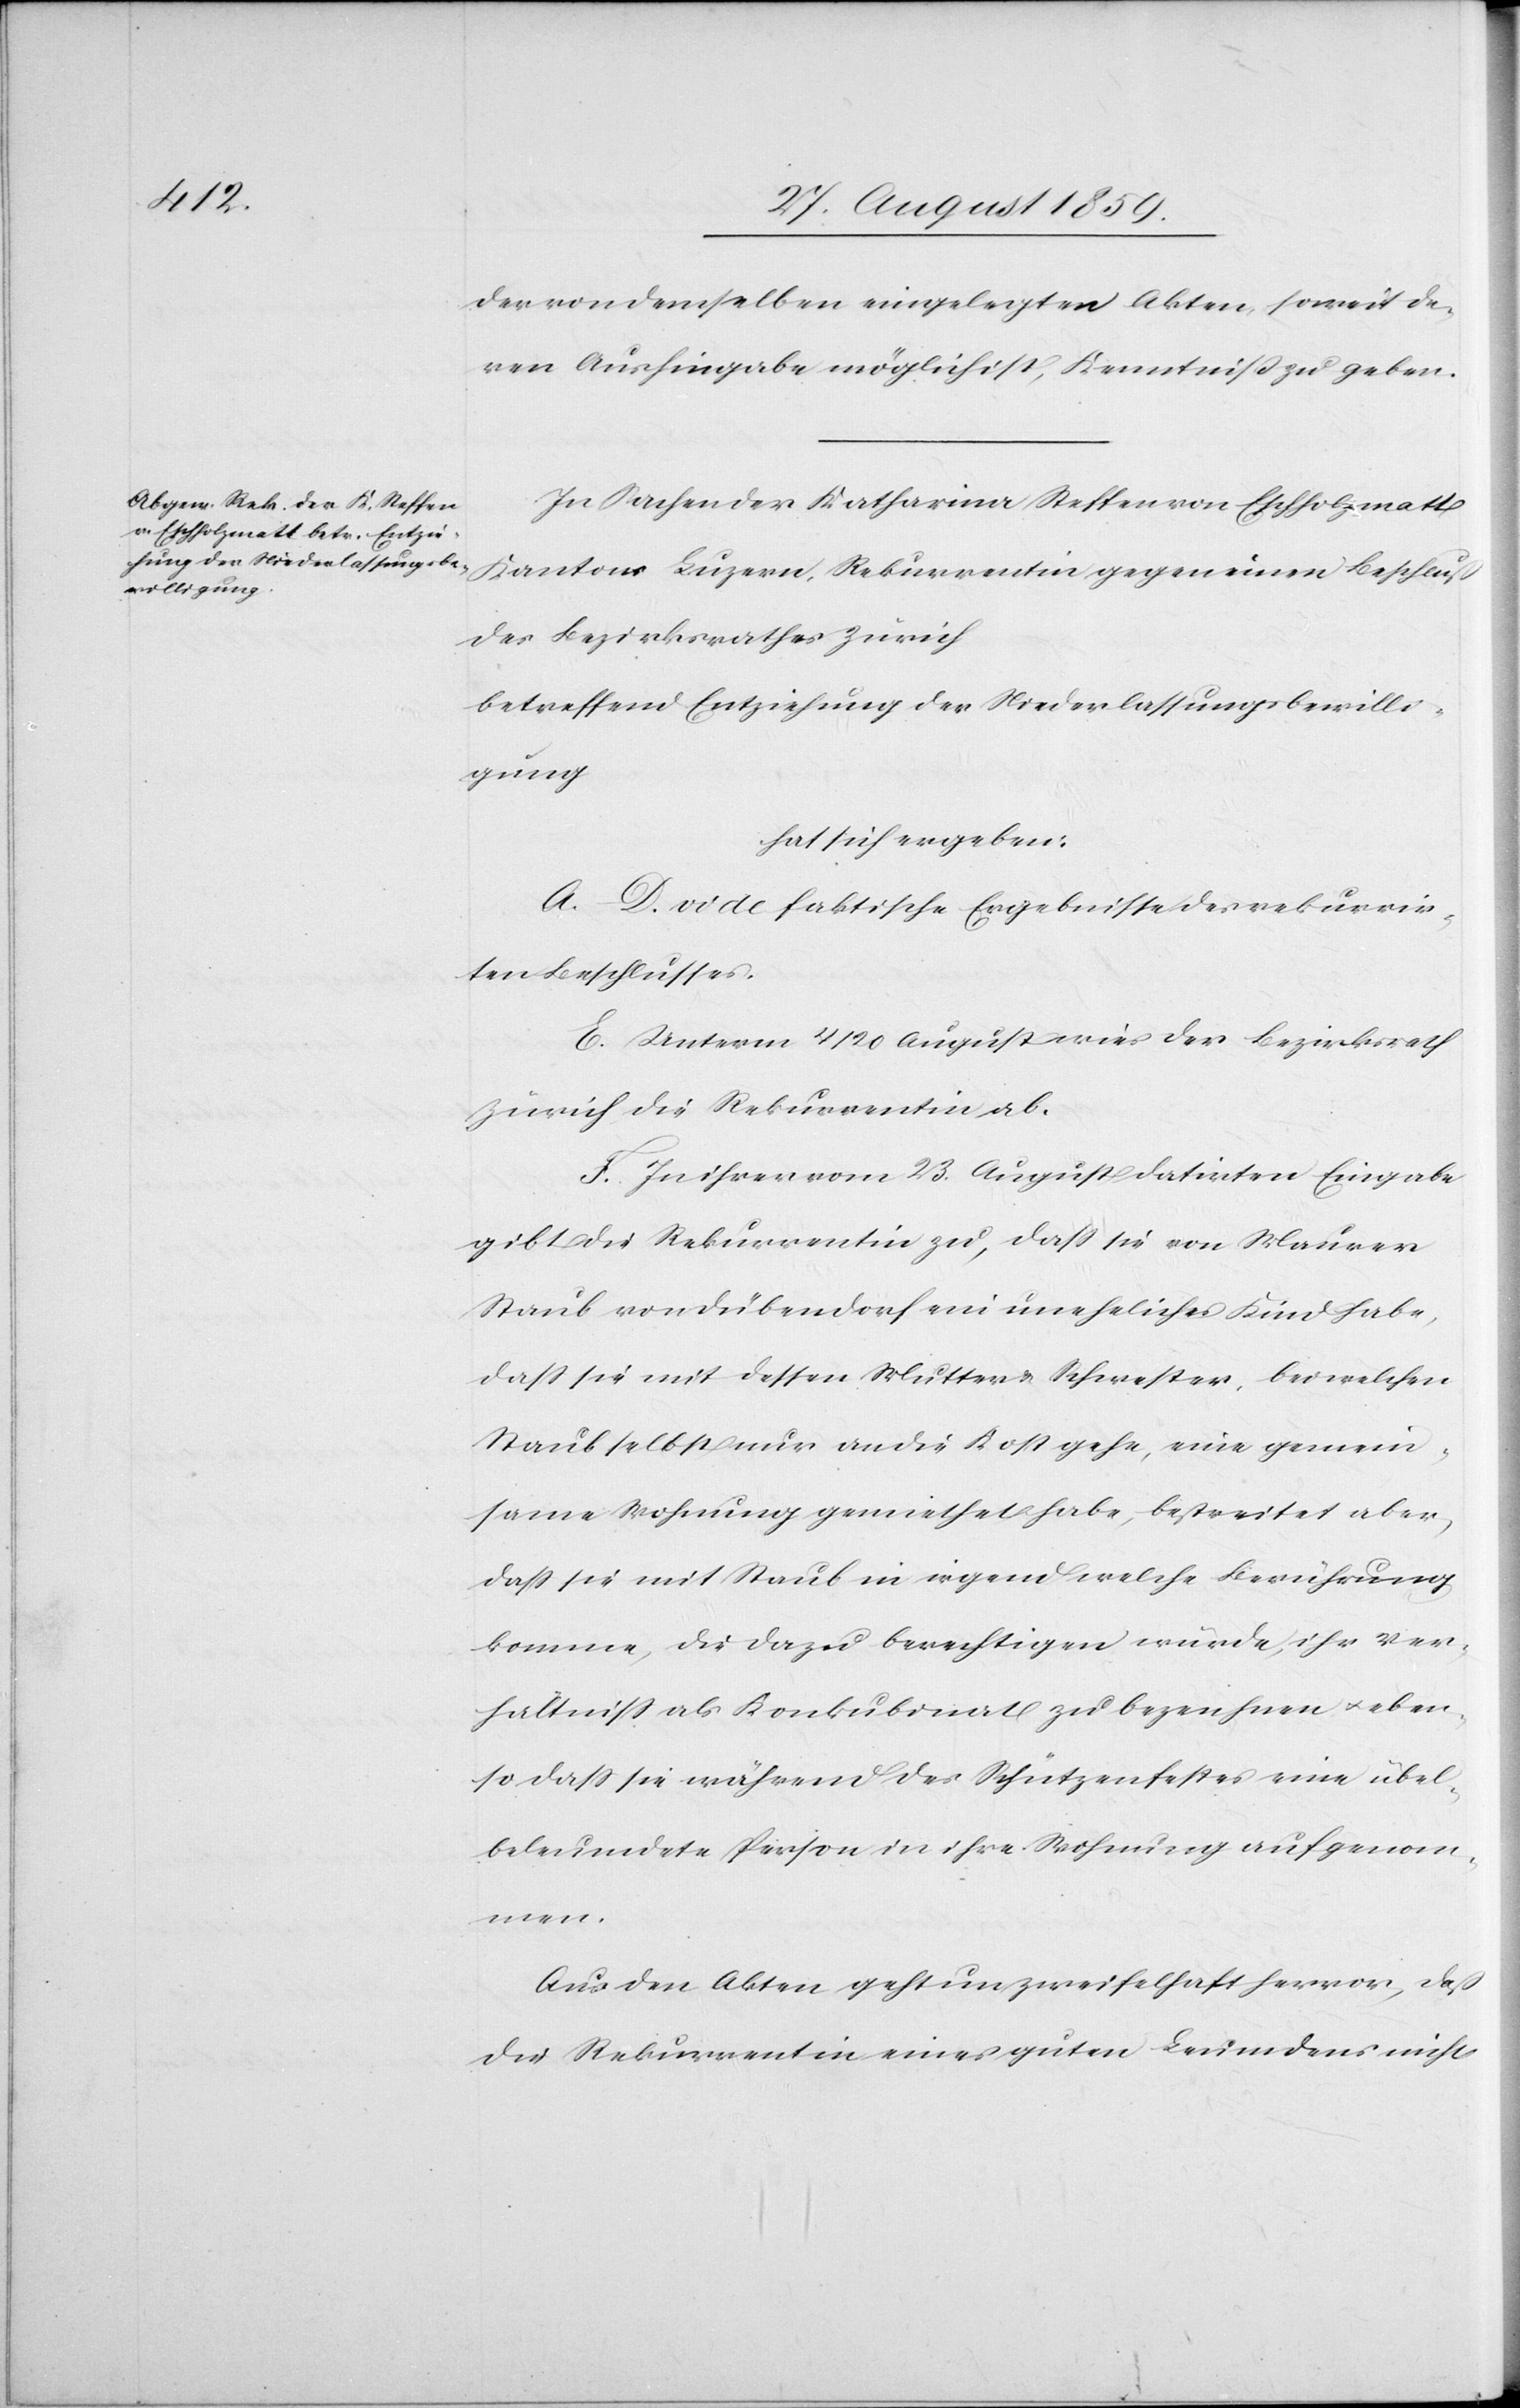
der von demselben eingelegten Akten, soweit de¬
ren Aushingabe möglich ist, Kenntniß zu geben.
In Sachen der Katharina Steffen von Eschholzmatt
Kantons Luzern, Rekurrentin gegen einen Beschluß
des Bezirksrathes Zürich
betreffend Entziehung der Niederlassungsbewilli¬
gung
hat sich ergeben:
A.–D. vide faktische Ergebnisse des rekurrir¬
ten Beschlusses.
E. Unterm 4/20 August wies der Bezirksrath
Zürich die Rekurrentin ab.
F. In ihrer vom 23. August datirten Eingabe
gibt die Rekurrentin zu, daß sie von Maurer
Staub von Dübendorf ein uneheliches Kind habe,
daß sie mit dessen Mutter & Schwester, bei welchen
Staub selbst nur an die Kost gehe, eine gemein¬
same Wohnung gemiethet habe, bestreitet aber,
daß sie mit Staub in irgend welche Berührung
komme, die dazu berechtigen würde, ihr Ver¬
hältniß als Konkubinat zu bezeichnen & eben¬
so daß sie während des Schützenfestes eine übel¬
beleumdete Person in ihre Wohnung aufgenom¬
men.
Aus den Akten geht unzweifelhaft hervor, daß
die Rekurrentin eines guten Leumdens nicht